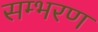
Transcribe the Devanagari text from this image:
सम्भरण